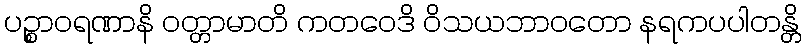
ပဉ္စာဝရဏာနိ ဝတ္တာမာတိ ကတဝေဒိ ဝိသယဘာဝတော နရကပပါတန္တိ